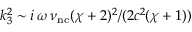
k _ { 3 } ^ { 2 } \sim i \, \omega \, \nu _ { \mathrm { n c } } ( \chi + 2 ) ^ { 2 } / ( 2 c ^ { 2 } ( \chi + 1 ) )